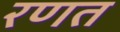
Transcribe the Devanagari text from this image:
रणत